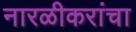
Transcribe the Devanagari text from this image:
नारळीकरांचा